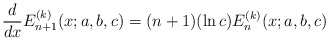
\begin{align*}\frac{d}{dx}{E}^{(k)}_{n+1}(x;a,b,c)=(n+1)(\ln c){E}^{(k)}_{n}(x;a,b,c)\end{align*}